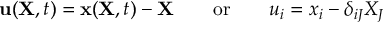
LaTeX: \ \mathbf { u } ( \mathbf { X } , t ) = \mathbf { x } ( \mathbf { X } , t ) - \mathbf { X } \qquad { \mathrm { o r } } \qquad u _ { i } = x _ { i } - \delta _ { i J } X _ { J }